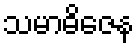
သမာဓိဇေန